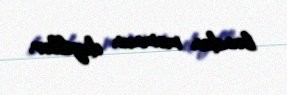
bundan məmnun deyillər.